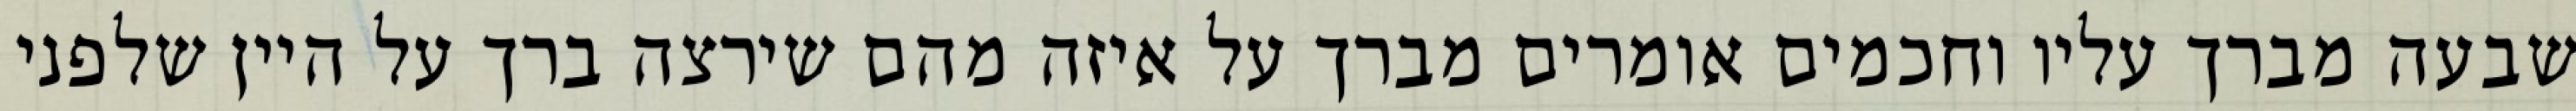
שבעה מברך עליו וחכמים אומרים מברך על איזה מהם שירצה ברך על היין שלפני